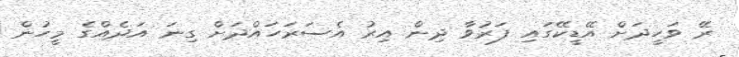
ރޭ ވަހީދަށް އޭޑީކޭގައި ފަރުވާ ދިން އިރު އެސަރަހައްދަށް ގިނަ އަދެއްގެ މީހުން